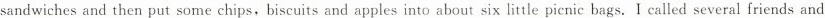
sandwiches and then put some chips, biscuits and apples into about six little picnic bags. I called several friends and